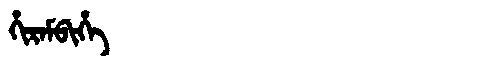
Manchu: ᡥᡳᡵᠠᠮᠪᡳᡥᡝ
Romanization: HIRAMBIHE